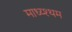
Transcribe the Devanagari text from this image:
माध्य्श्थम